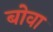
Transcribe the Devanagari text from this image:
बोवा